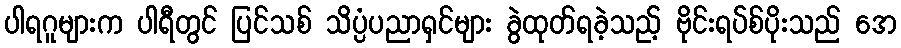
ပါရဂူများက ပါရီတွင် ပြင်သစ် သိပ္ပံပညာရှင်များ ခွဲထုတ်ရခဲ့သည့် ဗိုင်းရပ်စ်ပိုးသည် အေ